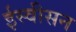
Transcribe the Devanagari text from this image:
ईस्वीसन